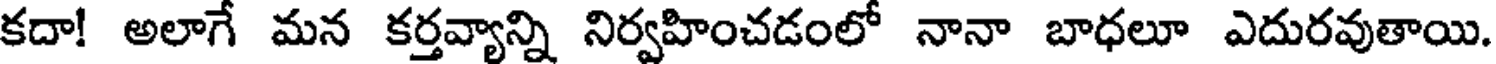
కదా! అలాగే మన కర్తవ్యాన్ని నిర్వహించడంలో నానా బాధలూ ఎదురవుతాయి.